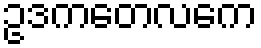
ဥဒကတေလကေ